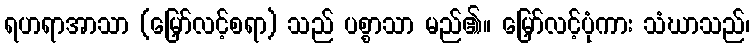
ရဟရာအာသာ (မြှော်လင့်စရာ) သည် ပစ္စာသာ မည်၏။ မြှော်လင့်ပုံကား သံဃာသည်၊